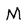
Character: M